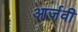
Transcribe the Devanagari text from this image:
आर्जवी